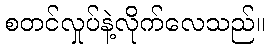
စတင်လှုပ်နဲ့လိုက်လေသည်။